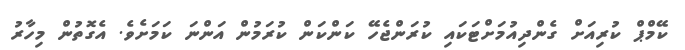
ކޭމްޕް ކުރިއަށް ގެންދިއުމަށްޓަކައި ކުރަންޖެހޭ ކަންކަން ކުރަމުން އަންނަ ކަމަށެވެ. އެގޮތުން މިހާރު